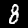
Label: 8